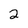
Character: 2